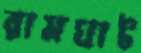
রামঘাট